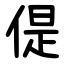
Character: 偍